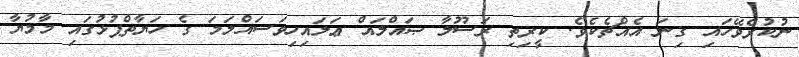
ނުކުރެވޭހައި ގިނަ އެއްޗެކެވެ. ކީރިތި ރަސޫލާ ޞައްލައް ޢަލައިހިވަސައްލަމަ ގެ ހަޔާތްޕުޅުގައި މާމުޔާ